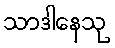
သာဒါနေသု